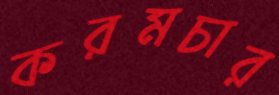
করমচার